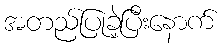
အတည်ပြုခဲ့ပြီးနောက်